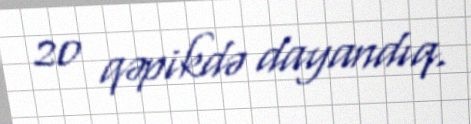
20 qəpikdə dayandıq.